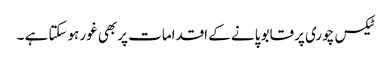
ٹیکس چوری پرقابو پانے کے اقدامات پربھی غور ہوسکتا ہے ۔